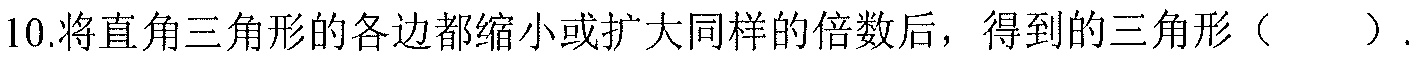
10.将直角三角形的各边都缩小或扩大同样的倍数后，得到的三角形（  ）.